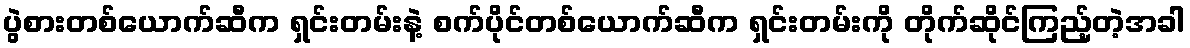
ပွဲစားတစ်ယောက်ဆီက ရှင်းတမ်းနဲ့ စက်ပိုင်တစ်ယောက်ဆီက ရှင်းတမ်းကို တိုက်ဆိုင်ကြည့်တဲ့အခါ